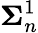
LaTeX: \mathbf{\Sigma}_{n}^{1}